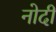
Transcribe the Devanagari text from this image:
नोदी